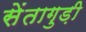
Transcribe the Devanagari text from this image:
सेंतागुड़ी